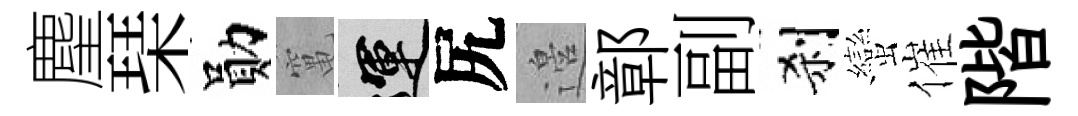
麈琹勛𥧄運尻邉鄣副刹蠻催階